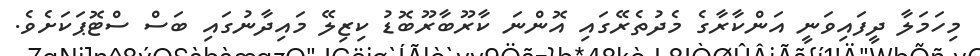
މިހަމަލާ ދީފައިވަނީ އަންކާރާގެ މެދުތެރޭގައި އޮންނަ ކާރޫބާރޫބޮޑު ކިޒިލޭ މައިދާނުގައި ބަސް ސްޓޮޕަކަށެވެ.